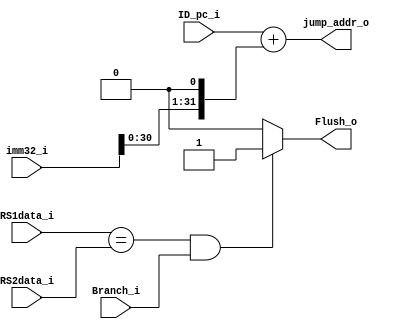
module Branch_Unit
(
    RS1data_i,
    RS2data_i,
    Branch_i,
    ID_pc_i,
    imm32_i,
    
    Flush_o,
    jump_addr_o,
);

// Ports
input   [31:0]      RS1data_i;
input   [31:0]      RS2data_i;
input               Branch_i;
input   [31:0]      ID_pc_i;
input   [31:0]      imm32_i;

output              Flush_o;
output  [31:0]      jump_addr_o;

reg                 Flush_o;

assign jump_addr_o = ID_pc_i + (imm32_i << 1); 

always@(RS1data_i or RS2data_i or Branch_i or ID_pc_i or imm32_i) begin
    Flush_o = 0;
    if(RS1data_i == RS2data_i && Branch_i) begin
        Flush_o = 1;
    end
end

endmodule